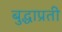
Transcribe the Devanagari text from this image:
बुद्धाप्रती